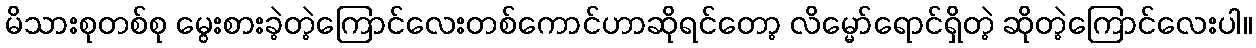
မိသားစုတစ်စု မွေးစားခဲ့တဲ့ကြောင်လေးတစ်ကောင်ဟာဆိုရင်တော့ လိမ္မော်ရောင်ရှိတဲ့ ဆိုတဲ့ကြောင်လေးပါ။